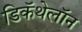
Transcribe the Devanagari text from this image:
डिकॅथेलॉन